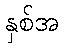
နှစ်အ